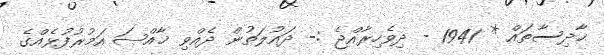
ޙާދިސާތައް * 1941 - ދިވެހިރާއްޖެ :- ދައުލަތުން ދެއްވި ޚާއްޞަ އަމުރުފުޅެއްގެ